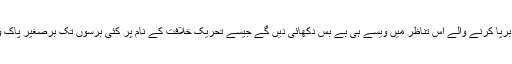
سوشل میڈیا پر مسلم اُمہ کی بے بسی کا ماتم برپا کرنے والے اس تناظر میں ویسے ہی بے بس دکھائی دیں گے جیسے تحریک خلافت کے نام پر کئی برسوں تک برصغیر پاک وہند میں دہائی مچانے والے ثابت ہوئے تھے۔